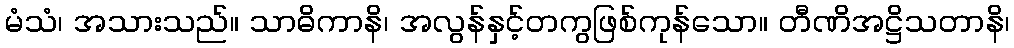
မံသံ၊ အသားသည်။ သာဓိကာနိ၊ အလွန်နှင့်တကွဖြစ်ကုန်သော။ တီဏိအဋ္ဌိသတာနိ၊